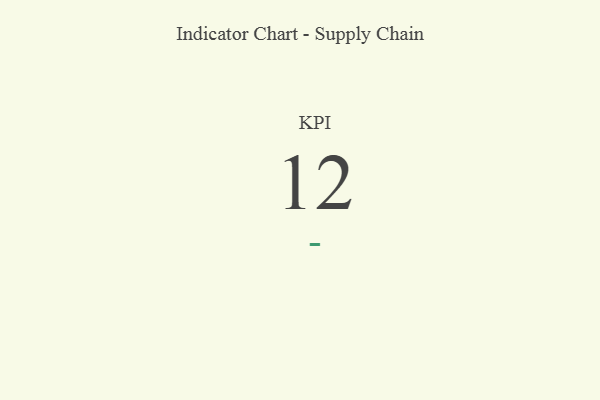
{"axis": {"x": "KPI", "y": "Value"}, "legend": [""], "data": [{"x": "KPI", "y": 12, "type": ""}]}